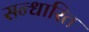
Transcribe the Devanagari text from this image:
सन्धारित